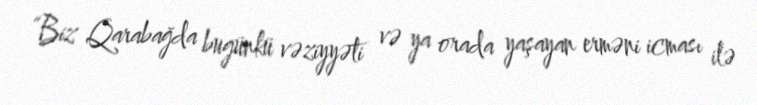
“Biz Qarabağda bugünkü vəziyyəti və ya orada yaşayan erməni icması ilə